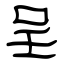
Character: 呈